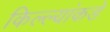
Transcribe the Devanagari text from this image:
किल्ल्यांकडे